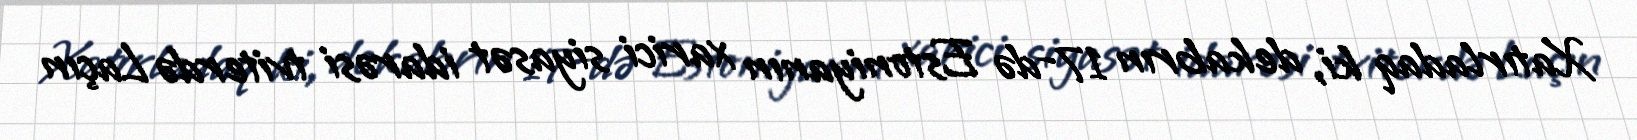
Xatırladaq ki, dekabrın 17-də Estoniyanın xarici siyasət idarəsi tviterdə Laçın